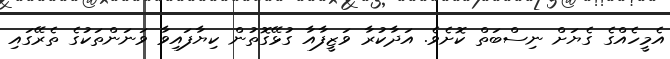
އެމީހެއްގެ ގެޔަށް ނިސްބަތް ކޮށެވެ. އަދާކުރާ ވަޒީފާއާ ގުޅޭގޮތުން ކިޔާފައިވާ ވަނަންތަކުގެ ތެރޭގައި